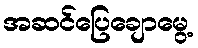
အဆင်ပြေချောမွေ့